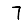
Digit: 7